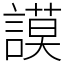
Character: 謨